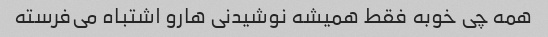
همه چی خوبه فقط همیشه نوشیدنی هارو اشتباه می‌فرسته